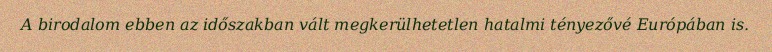
A birodalom ebben az időszakban vált megkerülhetetlen hatalmi tényezővé Európában is.